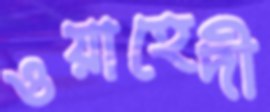
ওয়াহেদী